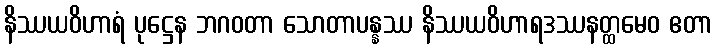
နိဿယဝိဟာရံ ပုဋ္ဌေန ဘဂဝတာ သောတာပန္နဿ နိဿယဝိဟာရဒဿနတ္ထမေဝ ဧတာ